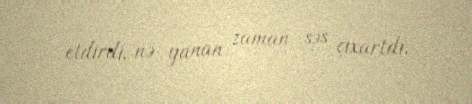
etdirdi, nə yanan zaman səs çıxartdı.